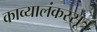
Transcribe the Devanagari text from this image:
काव्यालंकरसूत्र